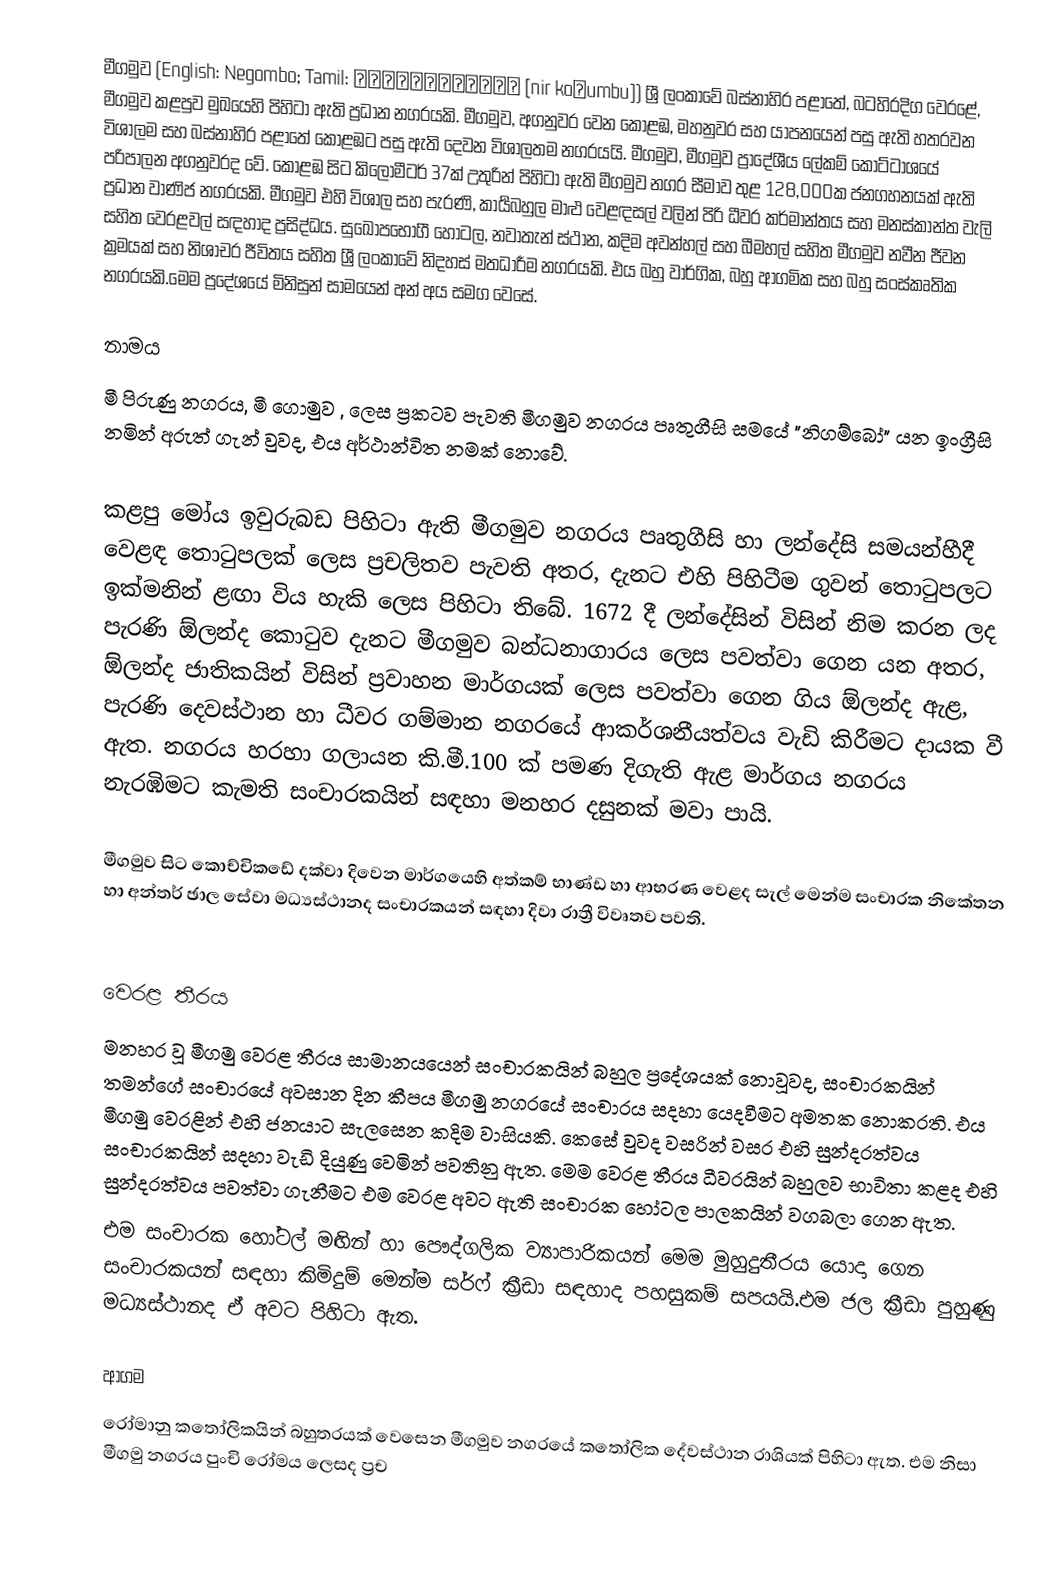
මීගමුව (English: Negombo; Tamil: நீர்கொழும்பு [nir koɭumbu]) ශ්‍රී ලංකාවේ බස්නාහිර පළාතේ, බටහිරදිග වෙරළේ, මීගමුව කළපුව මුඛයෙහි පිහිටා ඇති ප්‍රධාන නගරයකි. මීගමුව, අගනුවර වෙන කොළඹ, මහනුවර සහ යාපනයෙන් පසු ඇති හතරවන විශාලම සහ බස්නාහිර පළාතේ කොළඹට පසු ඇති දෙවන විශාලතම නගරයයි. මීගමුව, මීගමුව ප්‍රාදේශීය ලේකම් කොට්ටාශයේ පරිපාලන අගනුවරද වේ. කොළඹ සිට කිලෝමීටර් 37ක් උතුරින් පිහිටා ඇති මීගමුව නගර සීමාව තුළ 128,000ක ජනගහනයක් ඇති ප්‍රධාන වාණිජ නගරයකි. මීගමුව එහි විශාල සහ පැරණි, කාර්‍යබහුල මාළු වෙළඳසල් වලින් පිරි ධීවර කර්මාන්තය සහ මනස්කාන්ත වැලි සහිත වෙරළවල් සඳහාද ප්‍රසිද්ධය. සුඛෝපභෝගී හෝටල, නවාතැන් ස්ථාන, කදිම අවන්හල් සහ බීමහල් සහිත මීගමුව නවීන ජීවන ක්‍රමයක් සහ නිශාචර ජීවිතය සහිත ශ්‍රී ලංකාවේ නිදහස් මතධාරීම නගරයකි. එය බහු වාර්ගික, බහු ආගමික සහ බහු සංස්කෘතික නගරයකි.මෙම ප්‍රදේශයේ මිනිසුන් සාමයෙන් අන් අය සමග වෙසේ.

නාමය
මී පිරුණු නගරය, මී ගොමුව , ලෙස ප්‍රකටව පැවති මීගමුව නගරය පෘතුගීසි සමයේ "නිගම්බෝ" යන ඉංග්‍රීසි නමින් අරුත් ගැන් වුවද, එය අර්ථාන්විත නමක් නොවේ.
‍
කළපු මෝය ඉවුරුබඩ පිහිටා ඇති මීගමුව නගරය පෘතුගීසි හා ලන්දේසි සමයන්හීදී වෙළඳ තොටුපලක් ලෙස ප්‍රචලිතව පැවති අතර, දැනට එහි පිහිටීම ගුවන් තොටුපලට ඉක්මනින් ළඟා විය හැකි ලෙස පිහිටා තිබේ. 1672 දී ලන්දේසින් විසින් නිම කරන ලද පැරණි ඕලන්ද කොටුව දැනට මීගමුව බන්ධනාගාරය ලෙස පවත්වා ගෙන යන අතර, ඕලන්ද ජාතිකයින් විසින් ප්‍රවාහන මාර්ගයක් ලෙස පවත්වා ගෙන ගිය ඕලන්ද ඇළ, පැරණි දෙවස්ථාන හා ධීවර ගම්මාන නගරයේ ආකර්ශනීයත්වය වැඩි කිරීමට දායක වී ඇත. නගරය හරහා ගලායන කි.මී.100 ක් පමණ දිගැති ඇළ මාර්ගය නගරය නැරඹිමට කැමති සංචාරකයින් සඳහා මනහර දසුනක් මවා පායි.

මීගමු‍ව සිට කොච්චිකඩේ දක්වා දිවෙන මාර්ගයෙහි අත්කම් භාණ්ඩ හා ආභරණ වෙළද සැල් මෙන්ම සංචාරක නි‍කේතන හා අන්තර් ඡාල සේවා මධ්‍යස්ථානද  සංචාරකයන් සඳහා දිවා රාත්‍රී විවෘතව පවති.
‍‍

වෙරළ තීරය
මනහර වූ මීගමු වෙරළ තීරය සාමාන‍්‍යයෙන් සංචාරකයින් බහුල ප්‍රදේශයක් නොවූවද, සංචාරකයින් තමන්ගේ සංචාරයේ අවසාන දින කීපය මීගමු නගරයේ සංචාරය සදහා යෙදවීම‍ට අමතක නොකරති. එය මීගමු වෙරළින් එහි ජනයාට සැලසෙන කදිම වාසියකි. කෙසේ වුවද වසරින් වසර එහි සුන්දරත්වය සංචාරකයින් සදහා වැඩි දියුණු වෙමින් පවතිනු ඇත. මෙම වෙරළ තීරය ධීවරයින් බහුලව භාවිතා කළද එහි සුන්දරත්වය පවත්වා ගැනීමට එම වෙරළ අවට ඇති සංචාරක හෝටල පාලකයින් වගබලා ගෙන ඇත.
එම සංචාරක හෝටල් මඟින් හා ‍පෞද්ගලික ව්‍යාපාරිකයන් මෙම මුහුදුතීරය යොදා ගෙන සංචාරකයන් සඳහා ‍කිමිදුම් මෙන්ම සර්ෆ් ක්‍රීඩා සඳහාද පහසුකම් සපයයි.එම ජල ක්‍රීඩා පුහුණු මධ්‍යස්ථානද ඒ අව‍ට පිහිටා ඇත.

ආගම
රෝමානු කතෝලිකයින් බහුතරයක් වෙසෙන මීගමුව නගරයේ කතෝලික දේවස්ථාන රාශියක් පිහිටා ඇත. එම නිසා මීගමු නගරය පුංචි රෝමය ලෙසද ප්‍රච